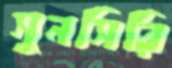
সুনসিরি